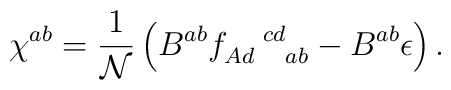
\chi ^{ab}=\frac{1}{\mathcal{N}}\left(B^{ab}f_{Ad\,\,\,\,\,\,\,\,ab}^{\,\,\,\,\,\,\,\,\,cd}-B^{ab}\epsilon \right).